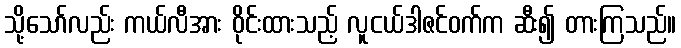
သို့သော်လည်း ကယ်လီအား ဝိုင်းထားသည့် လူငယ်ဒါဇင်ဝက်က ဆီး၍ တားကြသည်။